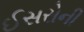
ઈસરોની